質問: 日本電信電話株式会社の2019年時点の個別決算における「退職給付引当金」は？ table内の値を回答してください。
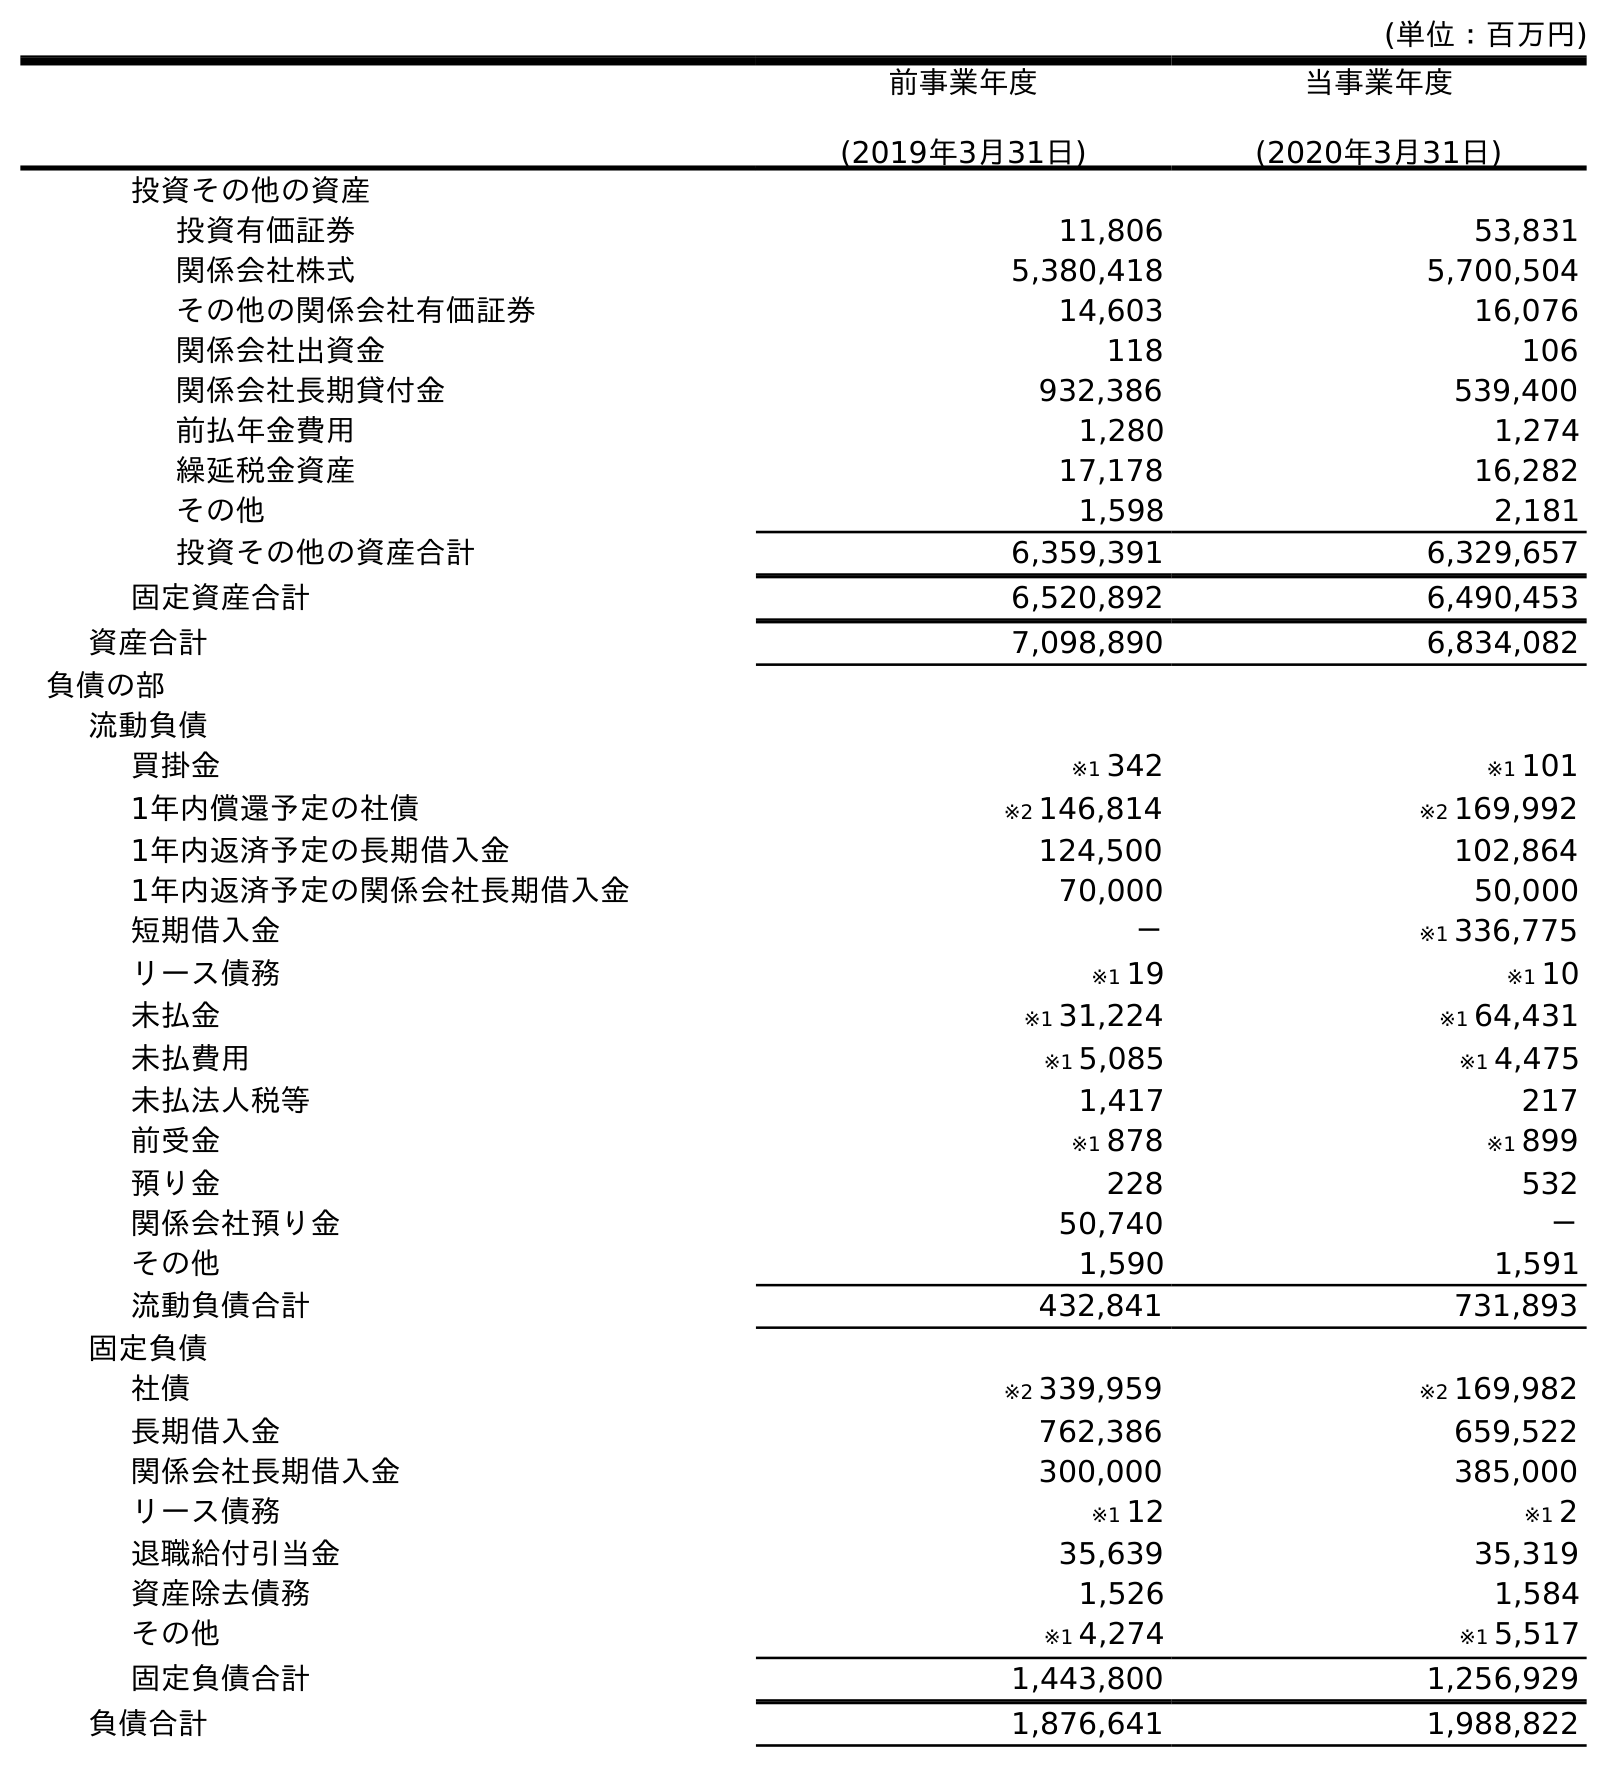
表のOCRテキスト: (単位：百万円) 前事業年度 (2019年3月31日) 当事業年度 (2020年3月31日) 投資その他の資産 投資有価証券 11,806 53,831 関係会社株式 5,380,418 5,700,504 その他の関係会社有価証券 14,603 16,076 関係会社出資金 118 106 関係会社長期貸付金 932,386 539,400 前払年金費用 1,280 1,274 繰延税金資産 17,178 16,282 その他 1,598 2,181 投資その他の資産合計 6,359,391 6,329,657 固定資産合計 6,520,892 6,490,453 資産合計 7,098,890 6,834,082 負債の部 流動負債 買掛金 ※1 342 ※1 101 1年内償還予定の社債 ※2 146,814 ※2 169,992 1年内返済予定の長期借入金 124,500 102,864 1年内返済予定の関係会社長期借入金 70,000 50,000 短期借入金 － ※1 336,775 リース債務 ※1 19 ※1 10 未払金 ※1 31,224 ※1 64,431 未払費用 ※1 5,085 ※1 4,475 未払法人税等 1,417 217 前受金 ※1 878 ※1 899 預り金 228 532 関係会社預り金 50,740 － その他 1,590 1,591 流動負債合計 432,841 731,893 固定負債 社債 ※2 339,959 ※2 169,982 長期借入金 762,386 659,522 関係会社長期借入金 300,000 385,000 リース債務 ※1 12 ※1 2 退職給付引当金 35,639 35,319 資産除去債務 1,526 1,584 その他 ※1 4,274 ※1 5,517 固定負債合計 1,443,800 1,256,929 負債合計 1,876,641 1,988,822
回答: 35,639